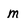
Character: m